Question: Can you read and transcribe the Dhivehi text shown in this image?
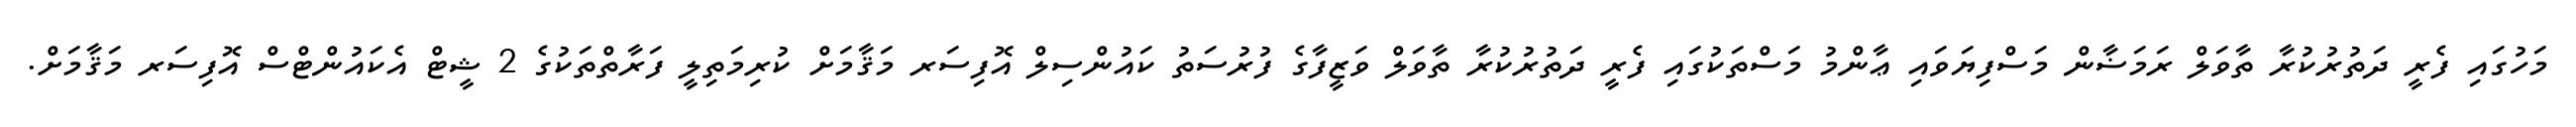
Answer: މަހުގައި ފެރީ ދަތުރުކުރާ ތާވަލް ރަމަޟާން މަސްފިޔަވައި ޢާންމު މަސްތަކުގައި ފެރީ ދަތުރުކުރާ ތާވަލް ވަޒީފާގެ ފުރުސަތު ކައުންސިލް އޮފިސަރ މަޤާމަށް ކުރިމަތިލީ ފަރާތްތަކުގެ 2 ޝީޓް އެކައުންޓްސް އޮފިސަރ މަޤާމަށް.